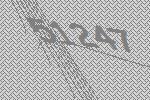
51247